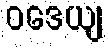
ဝဒေယျ